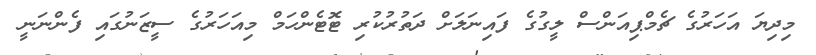
މިދިޔަ އަހަރުގެ ޗެމްޕިއަންސް ލީގުގެ ފައިނަލަށް ދަތުރުކުރި ޓޮޓެންހަމް މިއަހަރުގެ ސީޒަނުގައި ފެންނަނީ